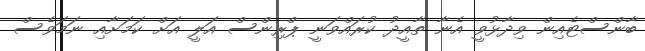
ބާންސްޓެއިން ވިދާޅުވީ އެނާ ތާއީދު ކުރައްވަނީ ޕްރިންސް އަލީ އަށް ކަމަށާއި ނަމަވެސް